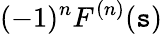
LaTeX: (-1)^{n}F^{(n)}(\mathtt{s})